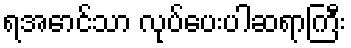
ရအောင်သာ လုပ်ပေးပါဆရာကြီး